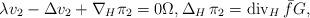
LaTeX: \begin{align*} \lambda v_2 - \Delta v_2 + \nabla_H \pi_2 = 0 \Omega, \Delta_H\, \pi_2 = \mathrm{div}_H\, \bar f G, \end{align*}